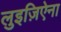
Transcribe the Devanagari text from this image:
लुइज़िऐना